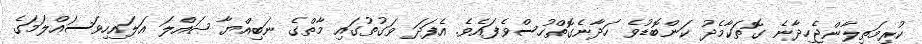
ކުރިމަތިލާންޖެހިދާނެ ގޮތަކާމެދު ކަންބޮޑުވެ ހަދާނެގޮތްހުސްވެފައެވެ. އެފަދަ ވަގުތުގައި މާތްގެ ނަބިއްޔާ ޞައްލަ އަލައިހިވަސައްލަމަގެ